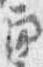
角